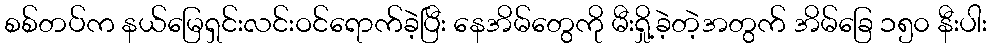
စစ်တပ်က နယ်မြေရှင်းလင်းဝင်ရောက်ခဲ့ပြီး နေအိမ်တွေကို မီးရှို့ခဲ့တဲ့အတွက် အိမ်ခြေ ၁၅၀ နီးပါး